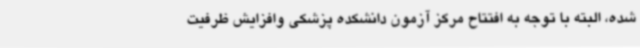
شده، البته با توجه به افتتاح مرکز آزمون دانشکده پزشکی وافزایش ظرفیت